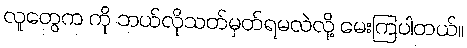
လူတွေက ကို ဘယ်လိုသတ်မှတ်ရမလဲလို့ မေးကြပါတယ်။